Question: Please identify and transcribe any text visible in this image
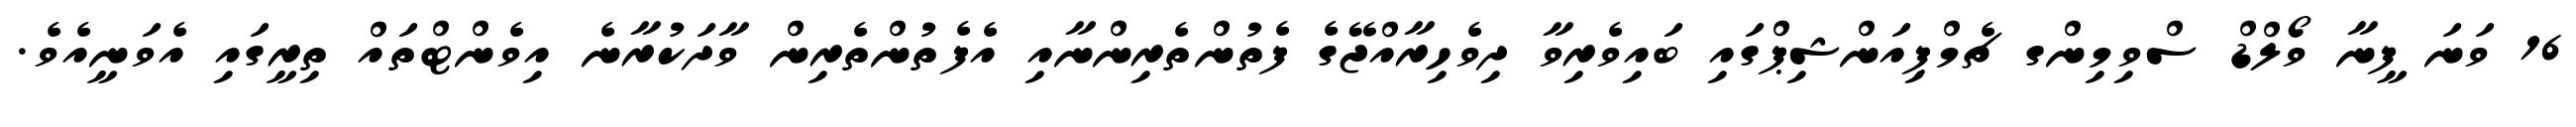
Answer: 16 ވަނަ ފީނާ ވޯލްޑް ސްވިމިންގ ޗެމްޕިއަންޝިޕްގައި ބައިވެރިވާ ދިވެހިރާއްޖޭގެ ފެތުންތެރިންނާއި އެފެތުންތެރިން ވާދަކުރާނެ އިވެންޓްތައް ތިރީގައި އެވަނީއެވެ.